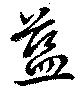
藍